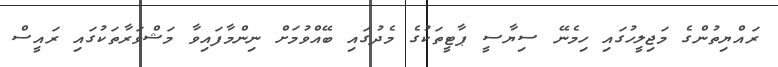
ރައްޔިތުންގެ މަޖިލީހުގައި ހިމެނޭ ސިޔާސީ ޕާޓީތަކުގެ މެދުގައި ބޭއްވުމަށް ނިންމާފައިވާ މަޝްވަރާތަކުގައި ރައީސް